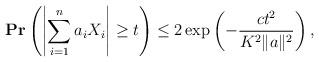
LaTeX: \begin{align*}\mathbf{Pr}\left( \left| \sum_{i=1}^{n}a_iX_i \right| \geq t \right) \leq 2\exp\left( - \frac{ct^2}{K^2\|a\|^2} \right),\end{align*}